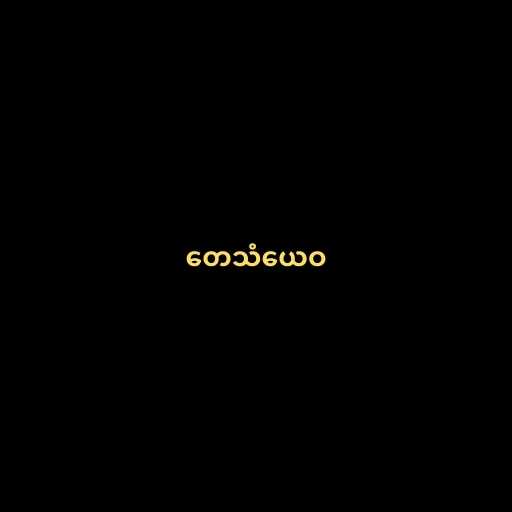
တေသံယေဝ